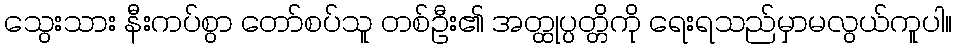
သွေးသား နီးကပ်စွာ တော်စပ်သူ တစ်ဦး၏ အတ္ထုပ္ပတ္တိကို ရေးရသည်မှာမလွယ်ကူပါ။